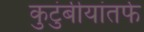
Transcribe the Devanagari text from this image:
कुटुंबीयांतर्फे